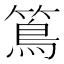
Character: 䉆